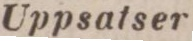
Uppsatser